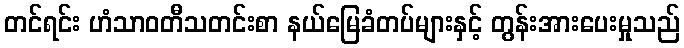
တင်ရင်း ဟံသာဝတီသတင်းစာ နယ်မြေခံတပ်များနှင့် တွန်းအားပေးမှုသည်